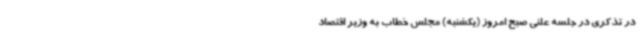
در تذکری در جلسه علنی صبح امروز (یکشنبه) مجلس خطاب به وزیر اقتصاد